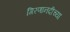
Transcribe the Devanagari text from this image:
गिरणानदीच्या